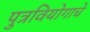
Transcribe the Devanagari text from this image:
पुत्रवियोगाचे